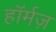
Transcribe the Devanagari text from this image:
हॉर्मज़